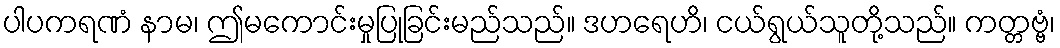
ပါပကရဏံ နာမ၊ ဤမကောင်းမှုပြုခြင်းမည်သည်။ ဒဟရေဟိ၊ ငယ်ရွယ်သူတို့သည်။ ကတ္တဗ္ဗံ၊